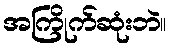
အကြိုက်ဆုံးဘဲ။